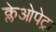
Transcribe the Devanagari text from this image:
क्लेओपेट्रा